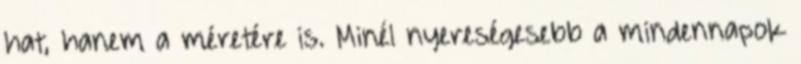
hat, hanem a méretére is. Minél nyereségesebb a mindennapok